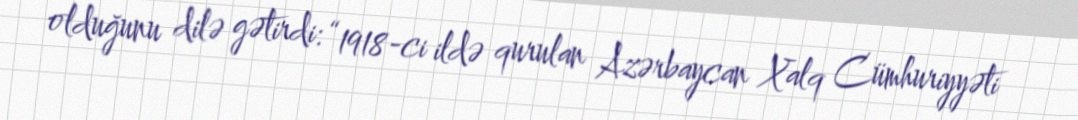
olduğunu dilə gətirdi: “1918-ci ildə qurulan Azərbaycan Xalq Cümhuriyyəti